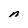
Character: n